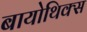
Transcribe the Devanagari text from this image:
बायोथिक्स